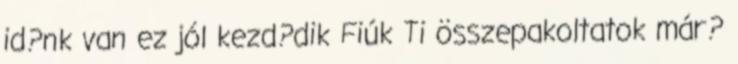
id?nk van ez jól kezd?dik Fiúk Ti összepakoltatok már?